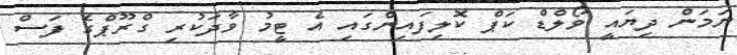
ޔަމަން ދިޔައީ ވޯލްޑް ކަޕް ކޮލިފައިންގައި އެ ޓީމު ވާދަކުރި ގްރޫޕްގެ ފަސް